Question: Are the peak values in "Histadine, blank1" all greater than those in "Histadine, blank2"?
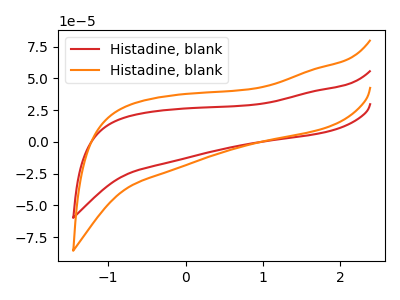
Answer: <think>The red curve "Histadine, blank1" has no peaks. The orange curve "Histadine, blank2" has no peaks.</think>
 <answer>Niether CV has any peaks.</answer>
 <eval>blanks</eval>